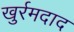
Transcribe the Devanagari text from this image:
खुर्रमदाद